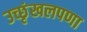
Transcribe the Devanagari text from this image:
उच्छृंखलपणा